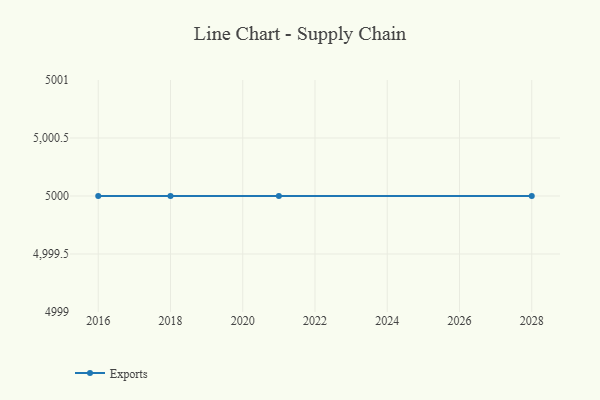
{"axis": {"x": "Year", "y": "Budget (USD K)"}, "legend": ["Exports"], "data": [{"x": "2021", "y": 5000, "type": "Exports"}, {"x": "2016", "y": 5000, "type": "Exports"}, {"x": "2028", "y": 5000, "type": "Exports"}, {"x": "2018", "y": 5000, "type": "Exports"}]}